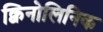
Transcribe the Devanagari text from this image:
क्विनोलिनिक